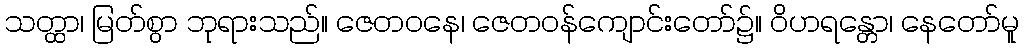
သတ္ထာ၊ မြတ်စွာ ဘုရားသည်။ ဇေတဝနေ၊ ဇေတဝန်ကျောင်းတော်၌။ ဝိဟရန္တော၊ နေတော်မူ